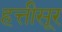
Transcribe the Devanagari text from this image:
हत्तीसूर